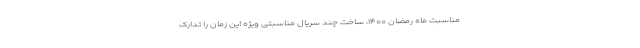
مناسبت ماه رمضان ۱۴۰۰، ساخت چند سریال مناسبتی ویژه این زمان را تدارک